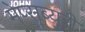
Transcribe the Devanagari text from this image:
मेप्सब्युरी